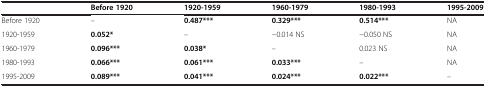
|  | Before 1920 | 1920-1959 | 1960-1979 | 1980-1993 | 1995-2009 |
 | --- | --- | --- | --- | --- | --- |
 | Before 1920 | – | 0.487*** | 0.329*** | 0.514*** | NA |
 | 1920-1959 | 0.052* | – | -0.014 NS | -0.050 NS | NA |
 | 1960-1979 | 0.096*** | 0.038* | – | 0.023 NS | NA |
 | 1980-1993 | 0.066*** | 0.061*** | 0.033*** | – | NA |
 | 1995-2009 | 0.089*** | 0.041*** | 0.024*** | 0.022*** | – |